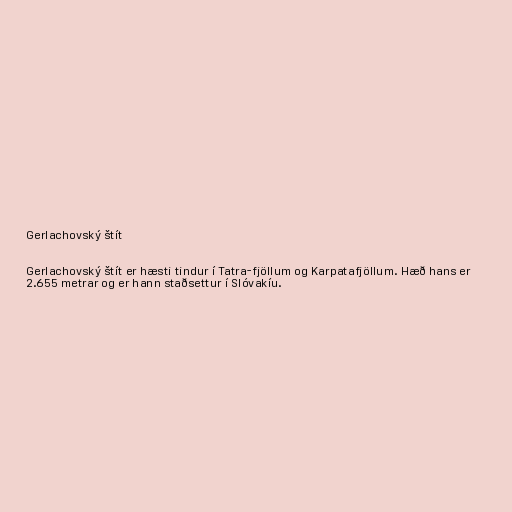
Gerlachovský štít

Gerlachovský štít er hæsti tindur í Tatra-fjöllum og Karpatafjöllum. Hæð hans er
2.655 metrar og er hann staðsettur í Slóvakíu.